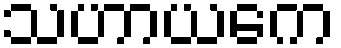
သဟာယကေ